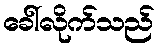
ခေါ်လိုက်သည်